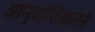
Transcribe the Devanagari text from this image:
आनुवांशिकतेने